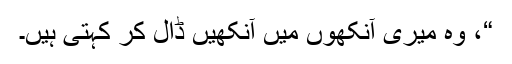
“، وہ میری آنکھوں میں آنکھیں ڈال کر کہتی ہیں۔